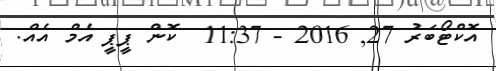
އޮކްޓޯބަރު 27